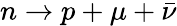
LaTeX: n\rightarrow p+\mu+\bar{\nu}